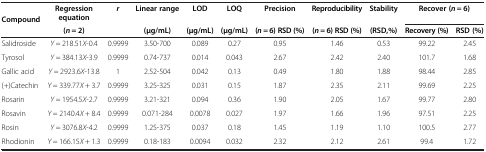
<table><thead><tr><td rowspan="2"><b>Compound</b></td><td><b>Regression equation</b></td><td rowspan="2"><b><i>r</i></b></td><td><b>Linear range</b></td><td><b>LOD</b></td><td><b>LOQ</b></td><td><b>Precision</b></td><td><b>Reproducibility</b></td><td><b>Stability</b></td><td colspan="2"><b>Recover (<i>n</i> = 6)</b></td></tr><tr><td><b>(<i>n</i> = 2)</b></td><td><b>(μg/mL)</b></td><td><b>(μg/mL)</b></td><td><b>(μg/mL)</b></td><td><b>(<i>n</i> = 6) RSD (%)</b></td><td><b>(<i>n</i> = 6) RSD (%)</b></td><td><b>(RSD,%)</b></td><td><b>Recovery (%)</b></td><td><b>RSD (%)</b></td></tr></thead><tbody><tr><td>Salidroside</td><td><i>Y</i> = 218.51<i>X</i>-0.4</td><td>0.9999</td><td>3.50-700</td><td>0.089</td><td>0.27</td><td>0.95</td><td>1.46</td><td>0.53</td><td>99.22</td><td>2.45</td></tr><tr><td>Tyrosol</td><td><i>Y</i> = 384.13<i>X</i>-3.9</td><td>0.9999</td><td>0.74-737</td><td>0.014</td><td>0.043</td><td>2.67</td><td>2.42</td><td>2.40</td><td>101.7</td><td>1.68</td></tr><tr><td>Gallic acid</td><td><i>Y</i> = 2923.6<i>X</i>-13.8</td><td>1</td><td>2.52-504</td><td>0.042</td><td>0.13</td><td>0.49</td><td>1.80</td><td>1.88</td><td>98.44</td><td>2.85</td></tr><tr><td>(+)Catechin</td><td><i>Y</i> = 339.77<i>X</i> + 3.7</td><td>0.9999</td><td>3.25-325</td><td>0.031</td><td>0.15</td><td>1.87</td><td>2.35</td><td>2.11</td><td>99.69</td><td>2.25</td></tr><tr><td>Rosarin</td><td><i>Y</i> = 1954.5<i>X</i>-2.7</td><td>0.9999</td><td>3.21-321</td><td>0.094</td><td>0.36</td><td>1.90</td><td>2.05</td><td>1.67</td><td>99.77</td><td>2.80</td></tr><tr><td>Rosavin</td><td><i>Y</i> = 2140.4<i>X</i> + 8.4</td><td>0.9999</td><td>0.071-284</td><td>0.0078</td><td>0.027</td><td>1.97</td><td>1.66</td><td>1.96</td><td>97.51</td><td>2.25</td></tr><tr><td>Rosin</td><td><i>Y</i> = 3076.8<i>X</i>-4.2</td><td>0.9999</td><td>1.25-375</td><td>0.037</td><td>0.18</td><td>1.45</td><td>1.19</td><td>1.10</td><td>100.5</td><td>2.77</td></tr><tr><td>Rhodionin</td><td><i>Y</i> = 166.15<i>X</i> + 1.3</td><td>0.9999</td><td>0.18-183</td><td>0.0094</td><td>0.032</td><td>2.32</td><td>2.12</td><td>2.61</td><td>99.4</td><td>1.72</td></tr></tbody></table>